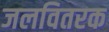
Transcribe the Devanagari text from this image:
जलवितरक